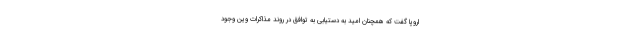
اروپا گفت که همچنان امید به دستیابی به توافق در روند مذاکرات وین وجود